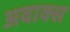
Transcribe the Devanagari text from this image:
अवाक्स